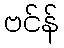
ဗင်န်